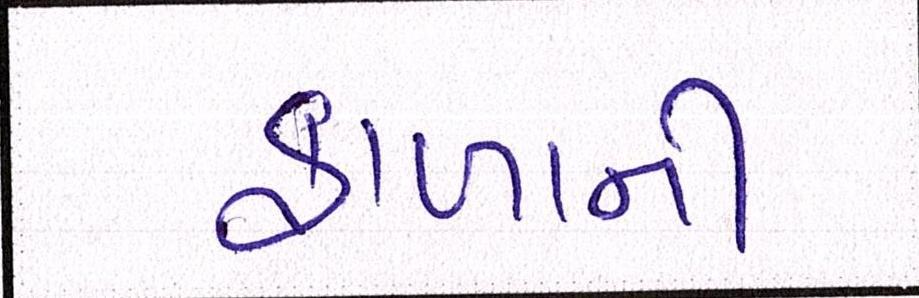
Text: ફાળાની